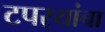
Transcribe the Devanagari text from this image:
टपर्‍यांचा